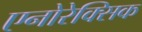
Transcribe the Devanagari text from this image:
एनोरेक्सिक